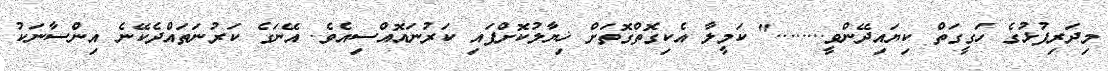
މިދަރިފުޅުގެ ހަގީގަތް ކިޔައިދޭންވީ........" ކަމީލާ އެކިގޮތްގޮތަށް ޚިޔާލުކޮށްފައި ކަރުނައޮއްސިއެވެ. އޭނަގެ ކަރުނަތައްދެކޭނެ އިންސާނަކު